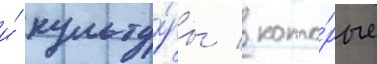
и́ культу́ры / кото́рые